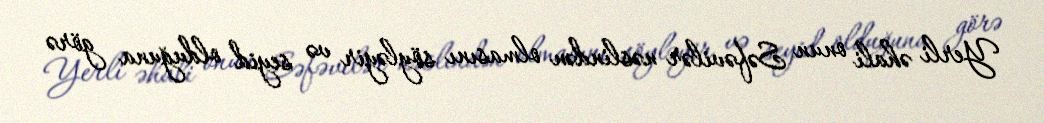
Yerli əhali onun Səfəvilər nəslindən olmasını söyləyir və seyid olduğuna görə